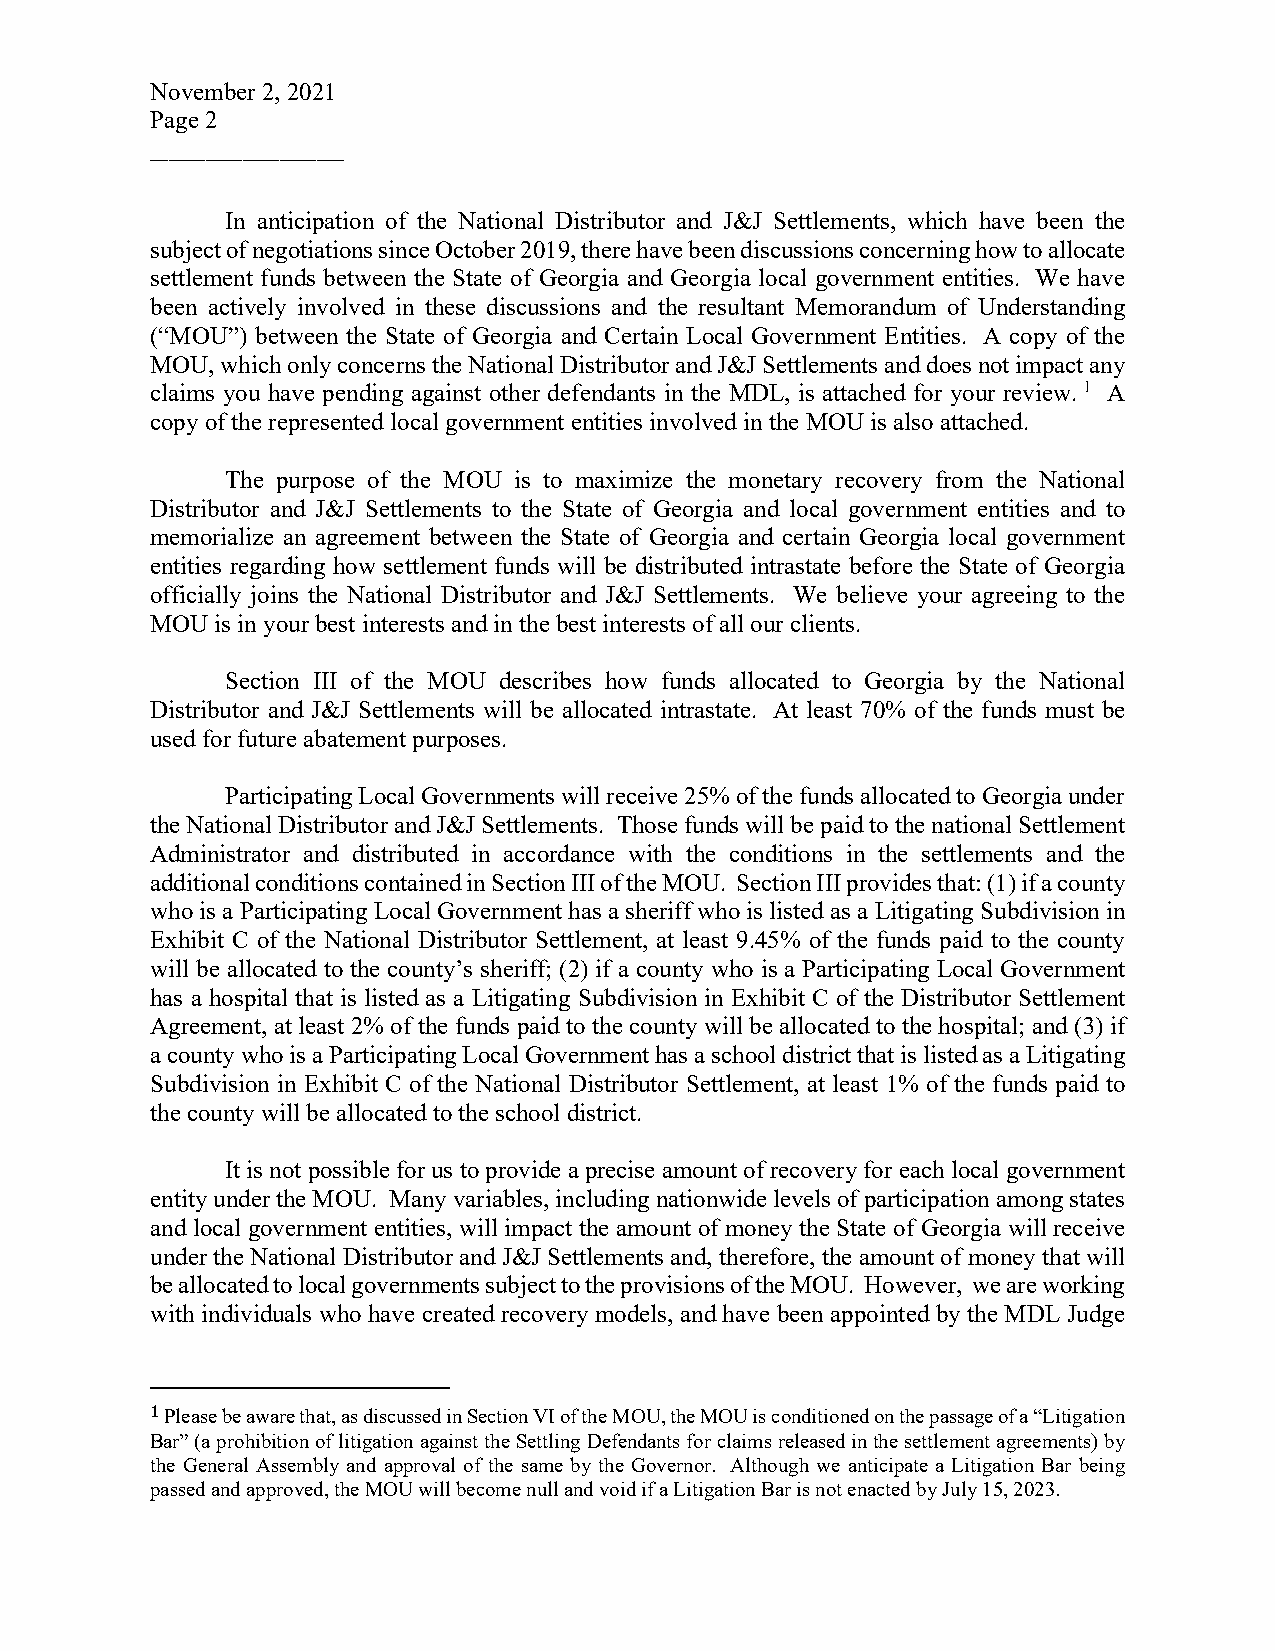
November 2, 2021
 P age 2
 _____________________
 In anticipation of the National Distributor and J&J Settlements, which have been the
 subject of negotiations since October 2019, there have been discussions concerning how to allocate
 settlement funds between the State of Georgia and Georgia local government entities. We have
 been actively involved in these discussions and the resultant Memorandum of Understanding
 (“MOU”) between the State of Georgia and Certain Local Government Entities. A copy of the
 MOU, which only concerns the National Distributor and J&J Settlements and does not impact any
 claims you have pending against other defendants in the MDL, is attached for your review. 1 A
 copy of the represented local government entities involved in the MOU is also attached.
 The purpose of the MOU is to maximize the monetary recovery from the National
 Distributor and J&J Settlements to the State of Georgia and local government entities and to
 memorialize an agreement between the State of Georgia and certain Georgia local government
 entities regarding how settlement funds will be distributed intrastate before the State of Georgia
 officially joins the National Distributor and J&J Settlements. We believe your agreeing to the
 MOU is in your best interests and in the best interests of all our clients.
 Section III of the MOU describes how funds allocated to Georgia by the National
 Distributor and J&J Settlements will be allocated intrastate. At least 70% of the funds must be
 used for future abatement purposes.
 Participating Local Governments will receive 25% of the funds allocated to Georgia under
 the National Distributor and J&J Settlements. Those funds will be paid to the national Settlement
 Administrator and distributed in accordance with the conditions in the settlements and the
 additional conditions contained in Section III of the MOU. Section III provides that: (1) if a county
 who is a Participating Local Government has a sheriff who is listed as a Litigating Subdivision in
 Exhibit C of the National Distributor Settlement, at least 9.45% of the funds paid to the county
 will be allocated to the county’s sheriff; (2) if a county who is a Participating Local Government
 has a hospital that is listed as a Litigating Subdivision in Exhibit C of the Distributor Settlement
 Agreement, at least 2% of the funds paid to the county will be allocated to the hospital; and (3) if
 a county who is a Participating Local Government has a school district that is listed as a Litigating
 Subdivision in Exhibit C of the National Distributor Settlement, at least 1% of the funds paid to
 the county will be allocated to the school district.
 It is not possible for us to provide a precise amount of recovery for each local government
 entity under the MOU. Many variables, including nationwide levels of participation among states
 and local government entities, will impact the amount of money the State of Georgia will receive
 under the National Distributor and J&J Settlements and, therefore, the amount of money that will
 be allocated to local governments subject to the provisions of the MOU. However, we are working
 with individuals who have created recovery models, and have been appointed by the MDL Judge
 Please be aware that, as discussed in Section VI of the MOU, the MOU is conditioned on the passage of a “Litigation
 Bar” (a prohibition of litigation agai nst the Settling Defendants for claims released in the settlement agreements) by
 1
 th e General Assembly and approval of the same by the Governor. Although we anticipate a Litigation Bar being
 passed and approved, the MOU will become null and void if a Litigation Bar is not enacted by July 15, 2023.